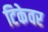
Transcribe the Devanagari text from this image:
टिकेवर